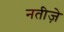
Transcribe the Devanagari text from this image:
नतीज़े